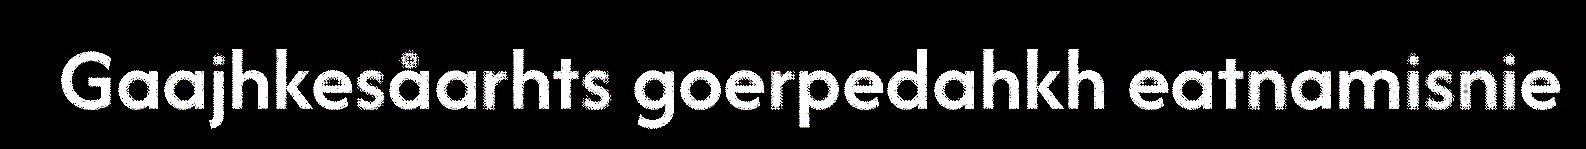
Gaajhkesåarhts goerpedahkh eatnamisnie